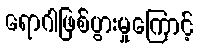
ရောဂါဖြစ်ပွားမှုကြောင့်